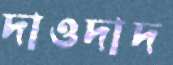
দাওদাদ